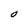
Character: O